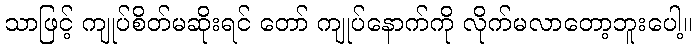
သာဖြင့် ကျုပ်စိတ်မဆိုးရင် တော် ကျုပ်နောက်ကို လိုက်မလာတော့ဘူးပေါ့။